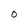
Character: O